Vaccination in Bombay 1869-1873 - 1869-1873
Year: 1869
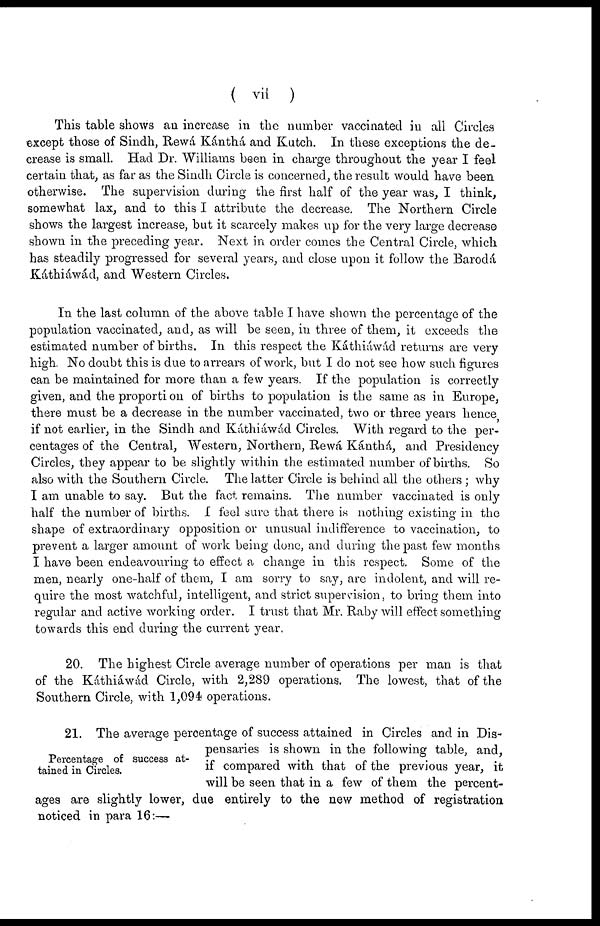
( vii )
This table shows an increase in the number vaccinated in all Circles
except those of Sindh, Rewá Kánthá and Kutch. In these exceptions the de-
crease is small. Had Dr. Williams been in charge throughout the year I feel
certain that, as far as the Sindh Circle is concerned, the result would have been
otherwise. The supervision during the first half of the year was, I think,
somewhat lax, and to this I attribute the decrease. The Northern Circle
shows the largest increase, but it scarcely makes up for the very large decrease
shown in the preceding year. Next in order comes the Central Circle, which
has steadily progressed for several years, and close upon it follow the Barodá
Káthiáwád, and Western Circles.
In the last column of the above table I have shown the percentage of the
population vaccinated, and, as will be seen, in three of them, it exceeds the
estimated number of births. In this respect the Káthiáwád returns are very
high. No doubt this is due to arrears of work, but I do not see how such figures
can be maintained for more than a few years. If the population is correctly
given, and the proportion of births to population is the same as in Europe,
there must be a decrease in the number vaccinated, two or three years hence,
if not earlier, in the Sindh and Káthiáwád Circles. With regard to the per-
centages of the Central, Western, Northern, Rewá Kánthá, and Presidency
Circles, they appear to be slightly within the estimated number of births. So
also with the Southern Circle. The latter Circle is behind all the others ; why
I am unable to say. But the fact remains. The number vaccinated is only
half the number of births. I feel sure that there is nothing existing in the
shape of extraordinary opposition or unusual indifference to vaccination, to
prevent a larger amount of work being done, and during the past few months
I have been endeavouring to effect a change in this respect. Some of the
men, nearly one-half of them, I am sorry to say, are indolent, and will re-
quire the most watchful, intelligent, and strict supervision, to bring them into
regular and active working order. I trust that Mr. Raby will effect something
towards this end during the current year.
20. The highest Circle average number of operations per man is that
of the Káthiáwád Circle, with 2,289 operations. The lowest, that of the
Southern Circle, with 1,094 operations.
Percentage of success at-
tained in Circles.
21. The average percentage of success attained in Circles and in Dis-
pensaries is shown in the following table, and,
if compared with that of the previous year, it
will be seen that in a few of them the percent-
ages are slightly lower, due entirely to the new method of registration
noticed in para 16:—